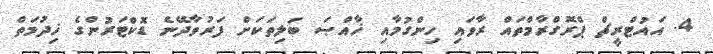
4. އައުޓްރީޗް ޕްރޮގްރާމްތައް ރާވައި ހިންގުމާއި ޚާއްޞަ ބަލިތަކަށް ފަރުވާދޭނެ ޑޮކްޓަރުންގެ ޚިދުމަތް